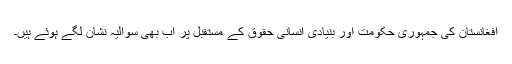
افغانستان کی جمہوری حکومت اور بنیادی انسانی حقوق کے مستقبل پر اب بھی سوالیہ نشان لگے ہوئے ہیں۔